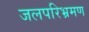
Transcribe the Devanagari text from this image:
जलपरिभ्रमण